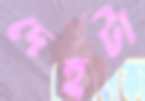
দেহটা